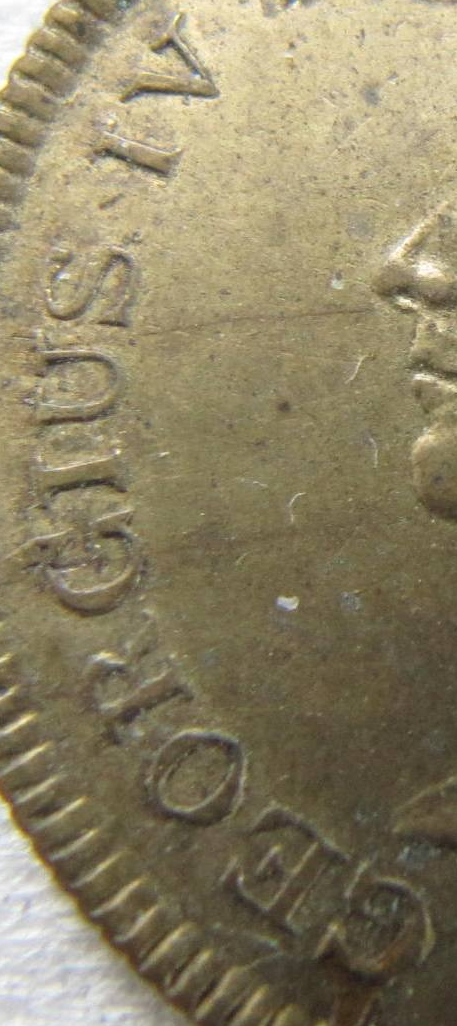
GEORGIUS IV